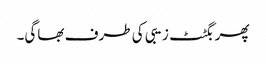
پھر بگٹٹ زیبی کی طرف بھاگی۔